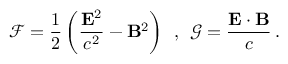
\mathcal { F } = \frac { 1 } { 2 } \left( \frac { { \bf E } ^ { 2 } } { c ^ { 2 } } - { \bf B } ^ { 2 } \right) \, \; , \, \; \mathcal { G } = \frac { { \bf E } \cdot { \bf B } } { c } \, .